Annual report of the Punjab Veterinary College and of the Civil Veterinary Department, Punjab - 1894-1908
Year: 1894
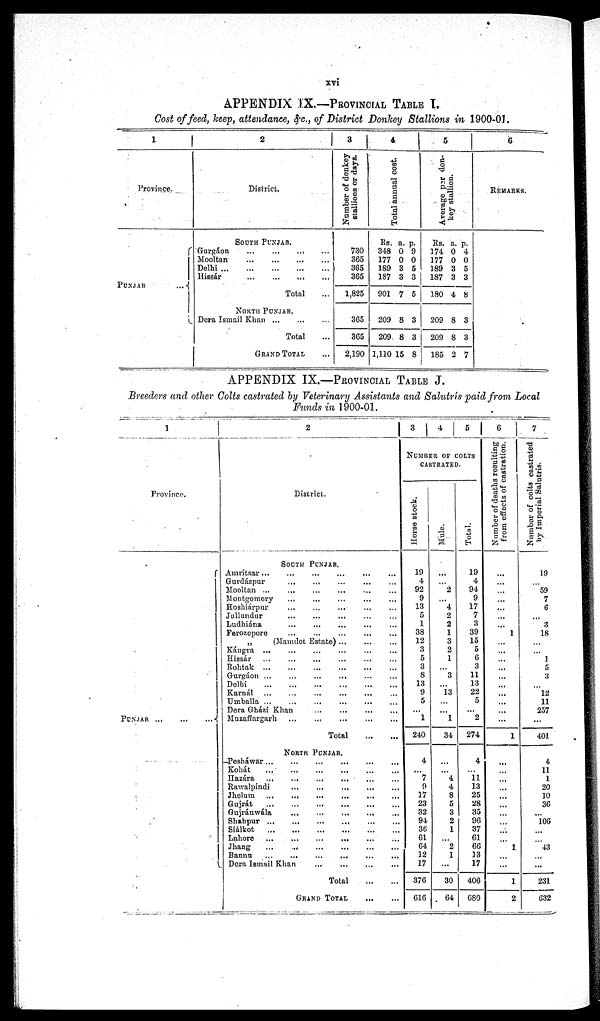
xvi
APPENDIX IX.—PROVINCIAL TABLE I.
Cost of feed, keep, attendance, &c., of District Donkey Stallions in 1900-01.
1
Province.
PUNJAB ...
2
District.
SOUTH PUNJAB.
Gurgáon
...
... ... ...
Mooltan
...
Delhi
...
...
...
...
...
Hissár ... ... ... ... ...
Total ...
NORTH PUNJAB.
Dera Ismail Khan ... ... ...
Total ...
GRAND TOTAL ...
3
Number of donkey
stallions or days.
730
365
365
365
1,825
365
365
2,190
4
Total annual cost.
Rs.
348
177
189
187
901
209
209
1,110
a.
0
0
3
3
7
8
. 8
15
p.
9
0
5
3
5
3
3
8
5
Average per don-
key stallion.
Rs.
174
177
189
187
180
209
209
185
a.
0
0
3
3
4
8
8
2
p.
4
0
5
3
8
3
3
7
6
REMARKS.
APPENDIX IX.—PROVINCIAL TABLE J.
Breeders and other Colts castrated by Veterinary Assistants and Salutris paid from Local
Funds in 1900-01.
1
Province.
PUNJAB ... ... ...
District.
SOUTH PUNJAB.
Amritsar ... ... ... ... ...
Gurdáspur ... ... ... ... ...
Mooltan
...
...
...
...
...
Montgomery ... ... ... ... ...
Hoshiárpur ... ... ... ... ...
Jallandur ... ... ... ...
Ludhiána
... ... ... ... ...
Ferozepore ... ... ... ... ...
„
(Mamdot Estate ... ... ... ... ...
Kángra ... ... ... ... ...
Hissár ... ... ... ... ...
Rohtak
...
...
...
...
...
Gurgáon ... ... ... ... ...
Delhi
...
...
...
...
...
Karnál ... ... ... ... ...
Umballa ... ... ... ... ...
Dera Gházi Khan ... ... ...
Muzaffargarh
...
...
...
...
Total
...
...
NORTH PUNJAB.
Pesháwar ...
...
...
... ...
Kohát
...
...
...
...
...
Hazára ... ... ... ... ...
Rawalpindi
...
...
...
...
...
Jhelum ... ... ... ... ...
Gujrát
...
...
...
...
...
Gujránwála ... ... ... ...
Shahpur ... ... ... ... ...
Siálkot
...
...
...
...
...
Lahore
...
...
...
...
Jhang
...
...
...
...
...
Bannu
...
...
...
...
...
Dera Ismail Khan ... ... ... ...
Total
...
...
GRAND TOTAL ... ...
3 4 5
NUMBER OF COLTS
CASTRATED.
Horse stock.
19
4
92
9
13
5
1
38
12
3
5
3
8
13
9
5
...
1
240
4
...
7
9
17
23
32
94
36
61
64
12
17
376
616
Mule
...
...
2
...
4
2
2
1
3
2
1
3
13
1
34
...
...
4
4
8
5
3
2
1
...
2
1
...
30
64
Total
19
4
94
9
17
7
3
39
15
5
6
3
11
13
22
5
...
2
274
4
...
11
13
25
28
35
96
37
61
66
13
17
406
680
6
Number of deaths resulting
from effects of castration.
...
...
...
...
...
...
1
...
...
...
...
...
...
...
...
...
...
1
...
...
...
...
...
...
...
...
...
...
1
...
...
1
2
7
Number
of colts castrated
by Imperial Salutris.
19
...
59
7
6
...
3
18
...
...
1
5
3
...
12
11
257
...
401
4
11
1
20
10
36
...
106
...
...
43
...
...
231
632